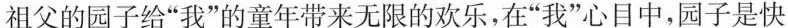
祖父的园子给”我”的童年带来无限的欢乐，在”我”心目中，园子是快